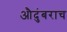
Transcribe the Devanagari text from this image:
औदुंबराच